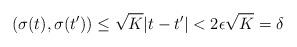
LaTeX: \begin{align*}{}(\sigma(t),\sigma(t')) \le \sqrt{K}|t-t'| < 2\epsilon \sqrt{K}=\delta \end{align*}